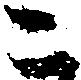
こ